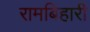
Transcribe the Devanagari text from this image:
रामबिहारी